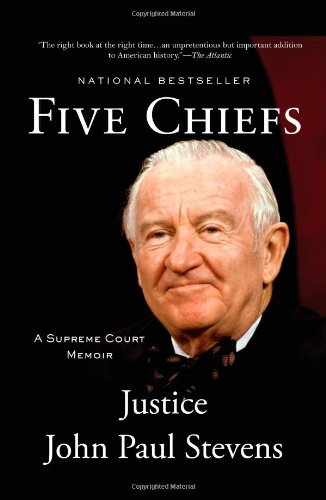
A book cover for Five Chiefs: A Supreme Court Memoir; John Paul Stevens; Law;